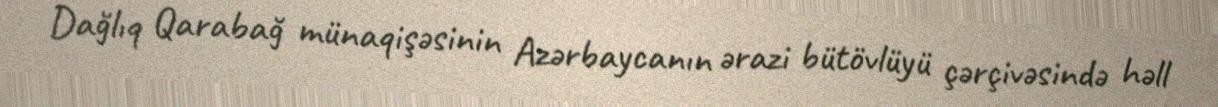
Dağlıq Qarabağ münaqişəsinin Azərbaycanın ərazi bütövlüyü çərçivəsində həll